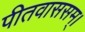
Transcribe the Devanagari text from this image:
पीतवाससम्‌।